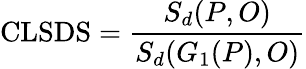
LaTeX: \textrm{CLSDS}=\frac{S_{d}(P,O)}{S_{d}(G_{1}(P),O)}